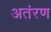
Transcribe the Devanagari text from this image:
अतंरण